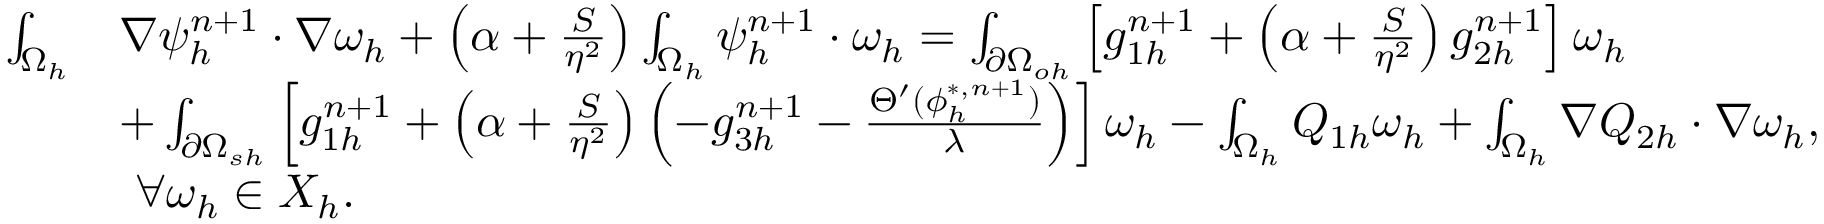
\begin{array} { r l } { \small \int _ { \Omega _ { h } } } & { \nabla \psi _ { h } ^ { n + 1 } \cdot \nabla \omega _ { h } + \left( \alpha + \frac { S } { \eta ^ { 2 } } \right) \int _ { \Omega _ { h } } \psi _ { h } ^ { n + 1 } \cdot \omega _ { h } = \int _ { \partial \Omega _ { o h } } \left[ g _ { 1 h } ^ { n + 1 } + \left( \alpha + \frac { S } { \eta ^ { 2 } } \right) g _ { 2 h } ^ { n + 1 } \right] \omega _ { h } } \\ & { + \int _ { \partial \Omega _ { s h } } \left[ g _ { 1 h } ^ { n + 1 } + \left( \alpha + \frac { S } { \eta ^ { 2 } } \right) \left( - g _ { 3 h } ^ { n + 1 } - \frac { \Theta ^ { \prime } ( \phi _ { h } ^ { * , n + 1 } ) } { \lambda } \right) \right] \omega _ { h } - \int _ { \Omega _ { h } } Q _ { 1 h } \omega _ { h } + \int _ { \Omega _ { h } } \nabla Q _ { 2 h } \cdot \nabla \omega _ { h } , } \\ & { \ \forall \omega _ { h } \in X _ { h } . } \end{array}